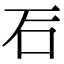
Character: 𥐖